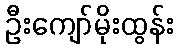
ဦးကျော်မိုးထွန်း